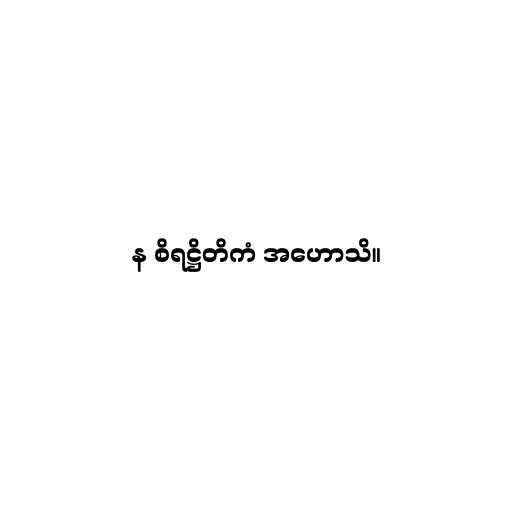
န စိရဋ္ဌိတိကံ အဟောသိ။